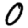
Digit: 0